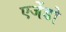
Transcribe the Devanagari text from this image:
एजेंडो